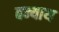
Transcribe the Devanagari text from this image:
बन्याथ